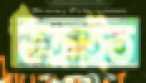
ঠিক্‌রাইত